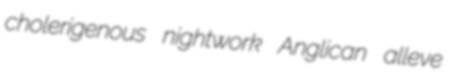
cholerigenous nightwork Anglican alleve